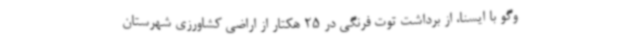
وگو با ایسنا، از برداشت توت فرنگی در 25 هکتار از اراضی کشاورزی شهرستان